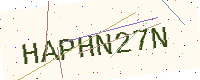
Text: HAPHN27N